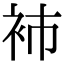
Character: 𧘟